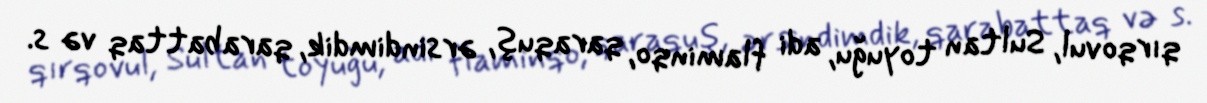
qırqovul, Sultan toyuğu, adi flaminqo, qaraquş, ərsindimdik, qarabattaq və s.